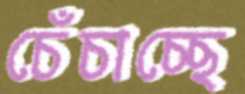
চেঁচাচ্ছে